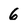
Character: 6